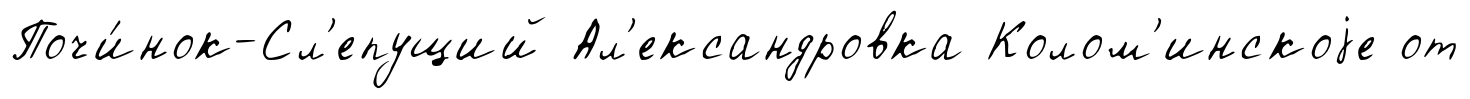
Почи́нок-Сл'епущий Ал'ександровка Колом'инскоjе от